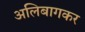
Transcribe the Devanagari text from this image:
अलिबागकर